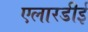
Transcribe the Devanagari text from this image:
एलारडीई